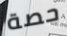
حصة